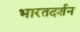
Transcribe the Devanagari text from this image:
भारतदर्शन